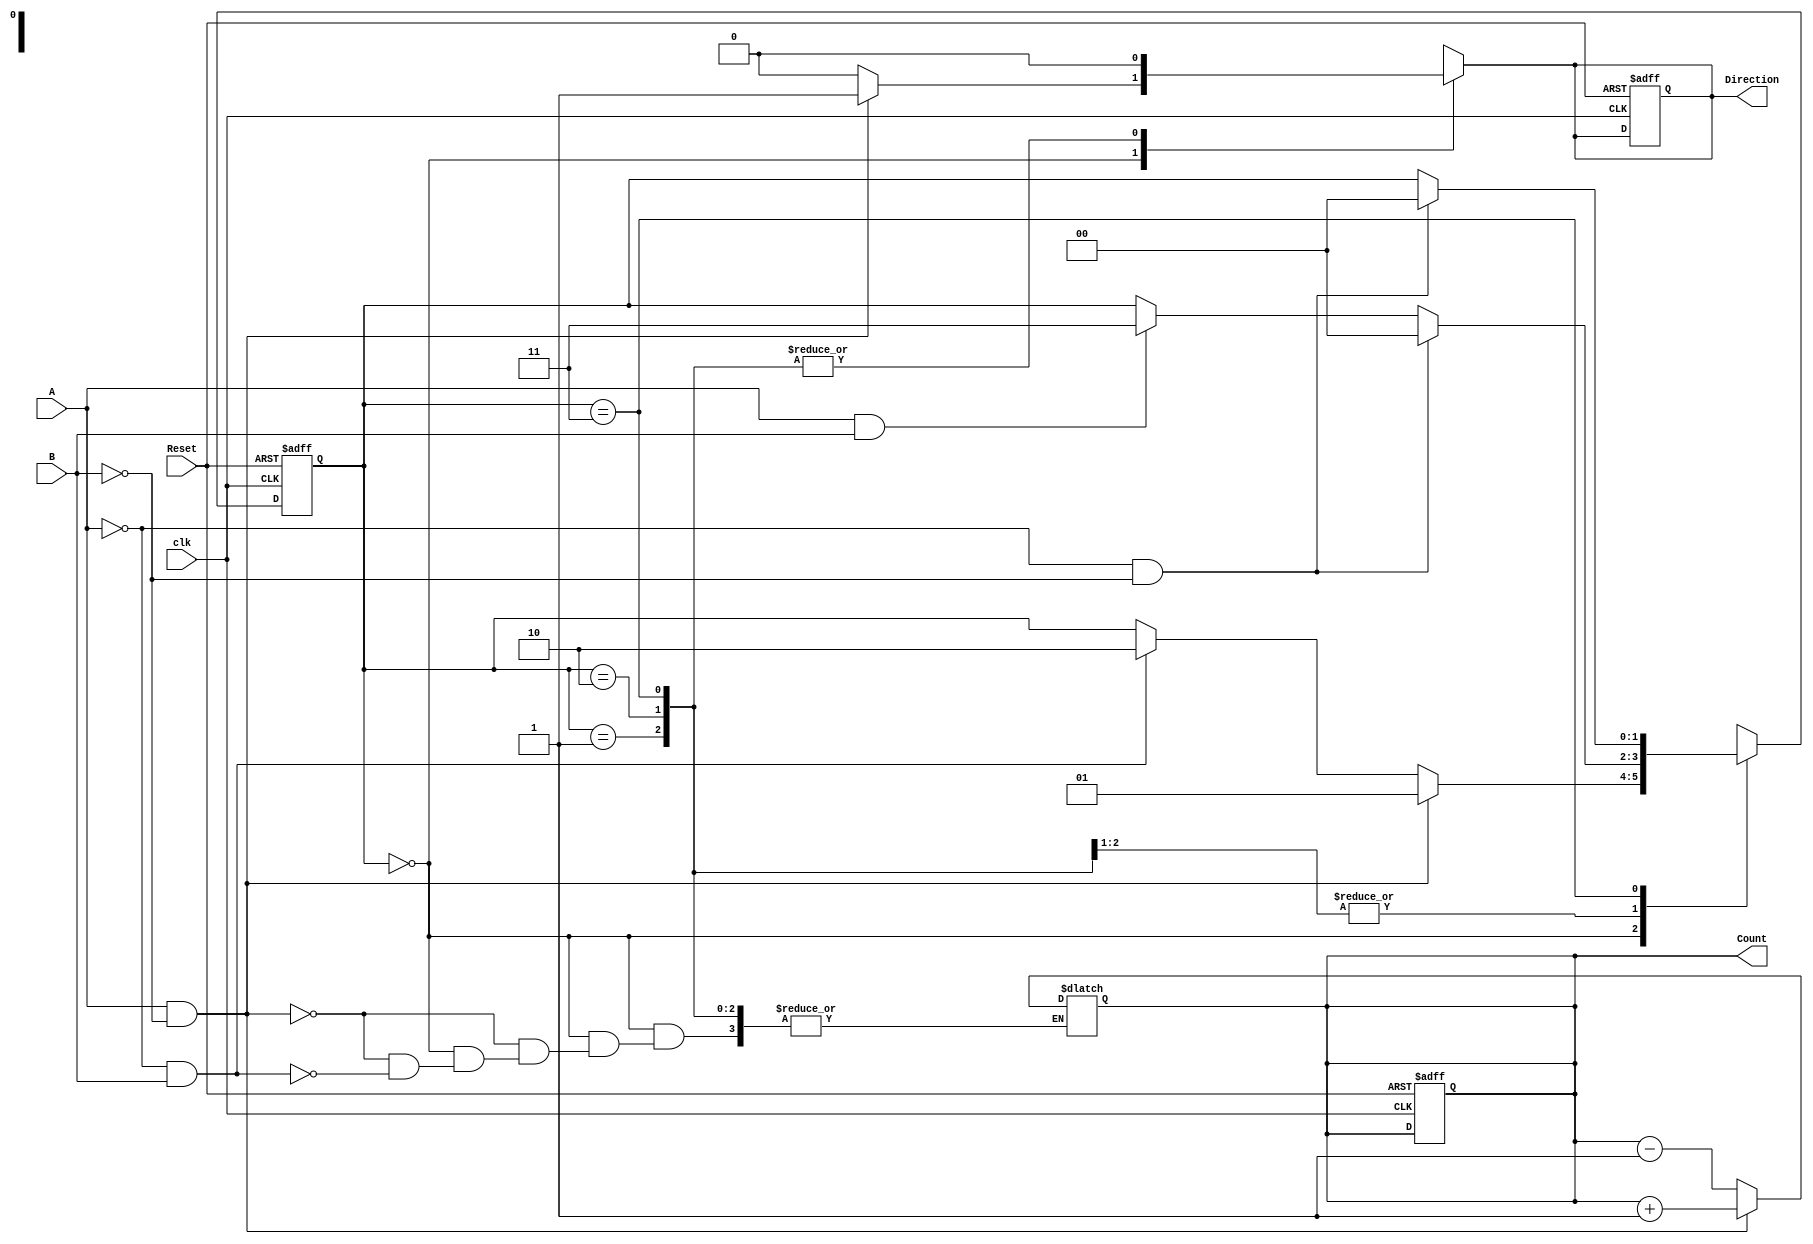
module rotary_encoder (
    input wire A,              // Rotary encoder signal A
    input wire B,              // Rotary encoder signal B
    input wire Reset,          // Reset signal
    input wire clk,            // Clock signal for synchronization
    output reg [7:0] Count,    // 8-bit count output
    output reg Direction        // Direction output: 0 for CCW, 1 for CW
);

    // State encoding
    reg [1:0] current_state;
    reg [1:0] next_state;

    // State definitions
    localparam STATE_00 = 2'b00;
    localparam STATE_01 = 2'b01;
    localparam STATE_10 = 2'b10;
    localparam STATE_11 = 2'b11;

    // State transition logic
    always @(posedge clk or posedge Reset) begin
        if (Reset) begin
            current_state <= STATE_00;
            Count <= 8'b0;
            Direction <= 1'b0; // Default direction
        end else begin
            current_state <= next_state;
        end
    end

    // Next state logic and count logic
    always @(*) begin
        // Default values
        next_state = current_state;
        Direction = 1'b0; // Default direction (CCW)

        case (current_state)
            STATE_00: begin
                if (A && !B) begin
                    next_state = STATE_01; // CW
                    Count = Count + 1;
                    Direction = 1'b1; // CW
                end else if (!A && B) begin
                    next_state = STATE_10; // CCW
                    Count = Count - 1;
                    Direction = 1'b0; // CCW
                end
            end
            STATE_01: begin
                if (!A && !B) begin
                    next_state = STATE_00; // Back to 00
                end else if (A && B) begin
                    next_state = STATE_11; // Stay in 11
                end
            end
            STATE_10: begin
                if (!A && !B) begin
                    next_state = STATE_00; // Back to 00
                end else if (A && B) begin
                    next_state = STATE_11; // Stay in 11
                end
            end
            STATE_11: begin
                if (!A && !B) begin
                    next_state = STATE_00; // Back to 00
                end
            end
            default: next_state = STATE_00; // Default to state 00
        endcase
    end

endmodule